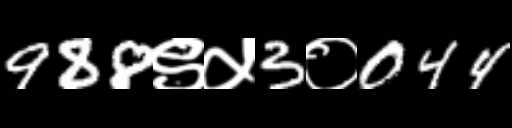
Text: 988९५3०044